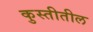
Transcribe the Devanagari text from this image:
कुस्तीतील